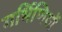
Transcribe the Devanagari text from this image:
गर्भिणियों